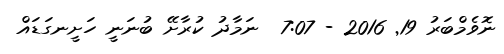
ނޮވެމްބަރު 19